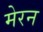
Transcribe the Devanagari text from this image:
मेरन